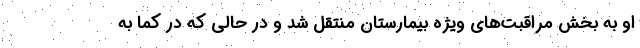
او به بخش مراقبت‌های ویژه بیمارستان منتقل شد و در حالی که در کما به